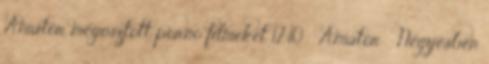
Amatőr megosztott pornó filmeket 12:10 ▪ Amatőr ▪ Négyesben